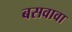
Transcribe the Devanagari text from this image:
बसवावा